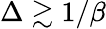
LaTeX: \Delta\gtrsim 1/\beta